Report of the Indian Hemp Drugs Commission, 1894-1895 - Volume III
Year: 1894
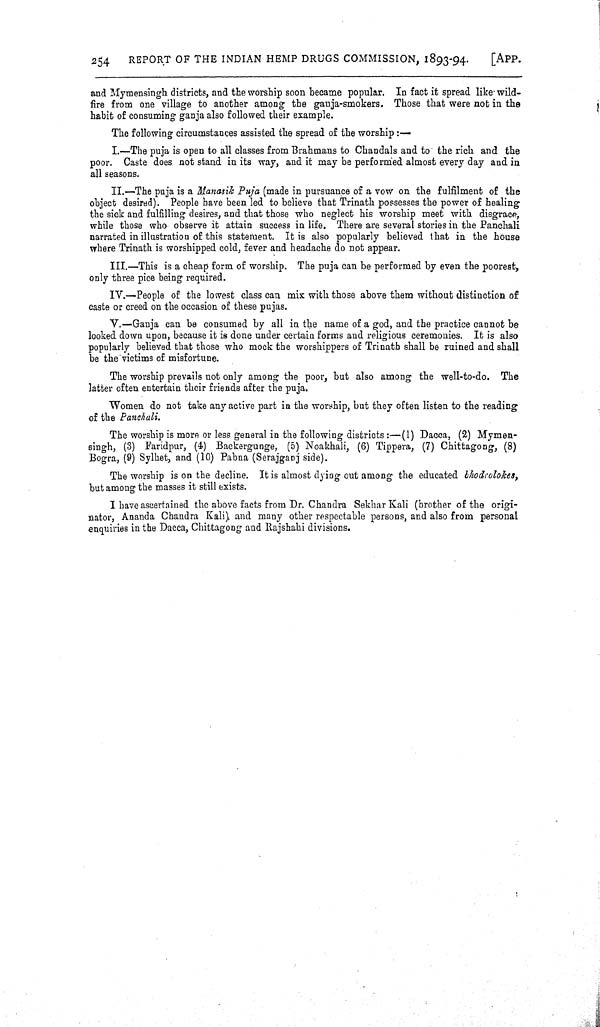
254
REPORT OF THE INDIAN HEMP DRUGS COMMISSION, 1893-94.
[APP.
and Mymensingh districts, and the worship soon became popular. In fact it spread like wild-
fire from one village to another among the ganja-smokers. Those that were not in the
habit of consuming ganja also followed their example.
The following circumstances assisted the spread of the worship:—
I.—The puja is open to all classes from Brahmans to Chandals and to the rich and the
poor. Caste does not stand in its way, and it may be performed almost every day and in
all seasons.
II.—The puja is a Manasik Puja (made in pursuance of a vow on the fulfilment of the
object desired). People have been led to believe that Trinath possesses the power of healing
the sick and fulfilling desires, and that those who neglect his worship meet with disgrace,
while those who observe it attain success in life. There are several stories in the Panchali
narrated in illustration of this statement. It is also popularly believed that in the house
where Trinath is worshipped cold, fever and headache do not appear.
III.—This is a cheap form of worship. The puja can be performed by even the poorest,
only three pice being required.
IV.—People of the lowest class can mix with those above them without distinction of
caste or creed on the occasion of these pujas.
V.—Ganja can be consumed by all in the name of a god, and the practice cannot be
looked down upon, because it is done under certain forms and religious ceremonies. It is also
popularly believed that those who mock the worshippers of Trinath shall be ruined and shall
be the victims of misfortune.
The worship prevails not only among the poor, but also among the well-to-do. The
latter often entertain their friends after the puja.
Women do not take any active part in the worship, but they often listen to the reading
of the Panchali.
The worship is more or less general in the following districts:—(1) Dacca, (2) Mymen-
singh, (3) Faridpur, (4) Backergunge, (5) Noakhali, (6) Tippera, (7) Chittagong, (8)
Bogra, (9) Sylhet, and (10) Pabna (Serajganj side).
The worship is on the decline. It is almost dying out among the educated bhodrolokes,
but among the masses it still exists.
I have ascertained the above facts from Dr. Chandra Sekhar Kali (brother of the origi-
nator, Ananda Chandra Kali) and many other respectable persons, and also from personal
enquiries in the Dacca, Chittagong and Rajshahi divisions.